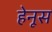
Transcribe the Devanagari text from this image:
हेनूस